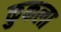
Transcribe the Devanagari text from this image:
कुकला